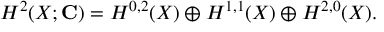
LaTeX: H ^ { 2 } ( X ; { \bf C } ) = H ^ { 0 , 2 } ( X ) \oplus H ^ { 1 , 1 } ( X ) \oplus H ^ { 2 , 0 } ( X ) .